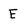
Character: E